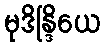
မုဒိန္ဒြိယေ